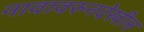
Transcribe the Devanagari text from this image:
नावावरुनदेखील